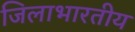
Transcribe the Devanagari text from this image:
जिलाभारतीय